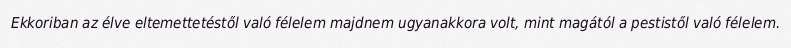
Ekkoriban az élve eltemettetéstől való félelem majdnem ugyanakkora volt, mint magától a pestistől való félelem.